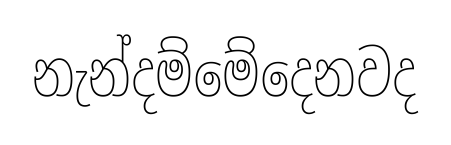
නැන්දම්මේදෙනවද